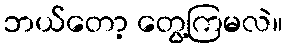
ဘယ်တော့ တွေ့ကြမလဲ။